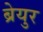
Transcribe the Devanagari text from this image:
ब्रेयुर